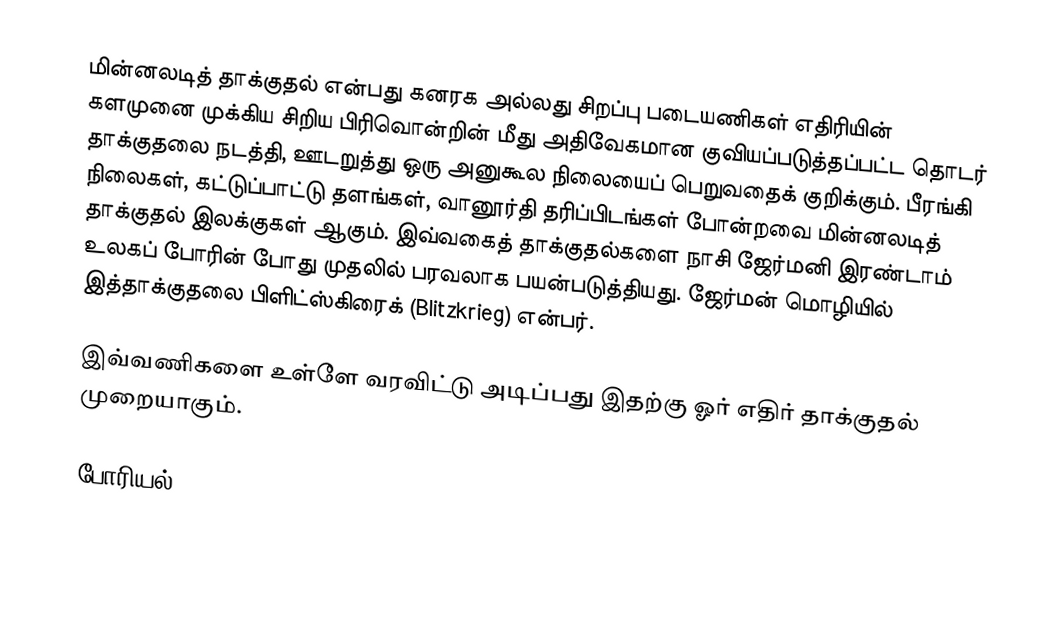
மின்னலடித் தாக்குதல் என்பது கனரக அல்லது சிறப்பு படையணிகள் எதிரியின் களமுனை முக்கிய சிறிய பிரிவொன்றின் மீது அதிவேகமான குவியப்படுத்தப்பட்ட தொடர் தாக்குதலை நடத்தி, ஊடறுத்து ஒரு அனுகூல நிலையைப் பெறுவதைக் குறிக்கும். பீரங்கி நிலைகள், கட்டுப்பாட்டு தளங்கள், வானூர்தி தரிப்பிடங்கள் போன்றவை மின்னலடித் தாக்குதல் இலக்குகள் ஆகும். இவ்வகைத் தாக்குதல்களை நாசி ஜேர்மனி இரண்டாம் உலகப் போரின் போது முதலில் பரவலாக பயன்படுத்தியது. ஜேர்மன் மொழியில் இத்தாக்குதலை பிளிட்ஸ்கிரைக் (Blitzkrieg) என்பர்.

இவ்வணிகளை உள்ளே வரவிட்டு அடிப்பது இதற்கு ஓர் எதிர் தாக்குதல் முறையாகும்.

போரியல்